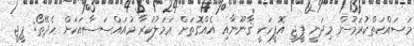
މަސައްކަތްކުރަމުން މިދަނީ ޕީޖީ އޮފީހަކީ ޤާނޫނާއި އެއްގޮތަށް ޢަމަލުކުރާ މުއައްސަސާއަކަށް ހެދޭތޯ: ޕީޖީ